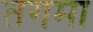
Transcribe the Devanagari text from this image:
तगमा